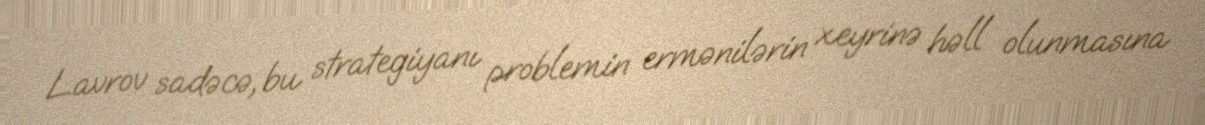
Lavrov sadəcə, bu strategiyanı problemin ermənilərin xeyrinə həll olunmasına